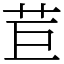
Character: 苣